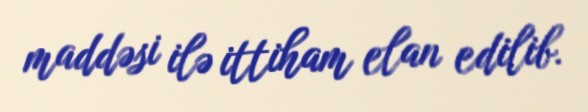
maddəsi ilə ittiham elan edilib.